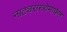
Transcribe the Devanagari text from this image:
नाट्यसंस्थेमार्फत